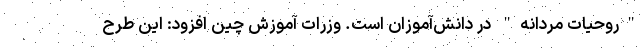
"روحیات مردانه" در دانش‌آموزان است. وزرات آموزش چین افزود: این طرح